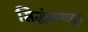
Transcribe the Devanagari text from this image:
सिद्धंकनातून